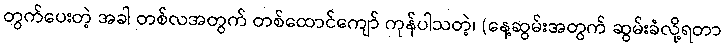
တွက်ပေးတဲ့ အခါ တစ်လအတွက် တစ်ထောင်ကျော် ကုန်ပါသတဲ့၊ (နေ့ဆွမ်းအတွက် ဆွမ်းခံလို့ရတာ